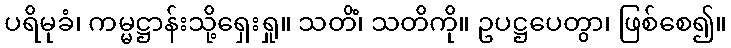
ပရိမုခံ၊ ကမ္မဋ္ဌာန်းသို့ရှေးရှု။ သတိံ၊ သတိကို။ ဥပဋ္ဌပေတွာ၊ ဖြစ်စေ၍။